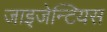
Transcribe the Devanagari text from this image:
जाइजेन्टियस